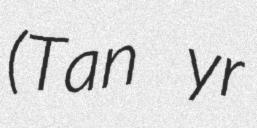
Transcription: (Tan yr